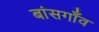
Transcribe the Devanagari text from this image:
बांसगाँव